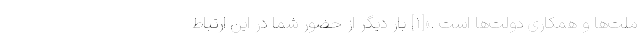
ملت‌ها و همکاری دولت‌ها است .»[۱] بار دیگر از حضور شما در این ارتباط